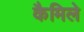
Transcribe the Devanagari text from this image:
कैमिले